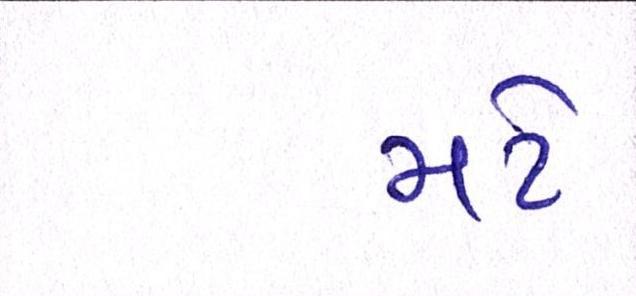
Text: મટે